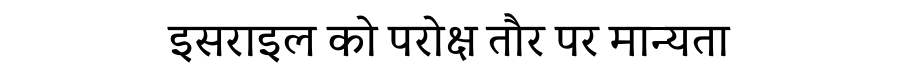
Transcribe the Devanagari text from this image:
इसराइल को परोक्ष तौर पर मान्यता